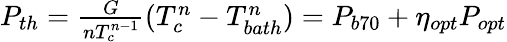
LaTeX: \begin{array}{r}{P_{th}=\frac{G}{nT_{c}^{n-1}}(T_{c}^{n}-T_{bath}^{n})=P_{b70}+\eta_{opt}P_{opt}}\end{array}